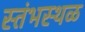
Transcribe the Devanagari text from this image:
स्तंभस्थळ